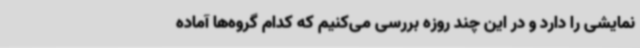
نمایشی را دارد و در این چند روزه بررسی می‌کنیم که کدام گروه‌ها آماده